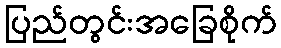
ပြည်တွင်းအခြေစိုက်